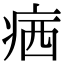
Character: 𤶈